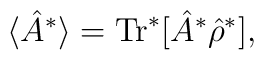
\langle \hat{A}^{*}\rangle = \textrm{Tr}^{*}[\hat{A}^{*}\hat{\rho }^{*}],